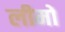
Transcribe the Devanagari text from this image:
लीमों